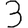
Digit: 3